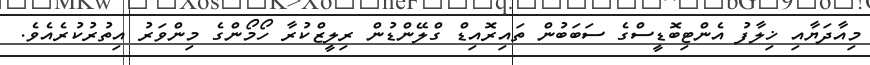
މިއާދަޔާއި ޚިލާފު އެންޓިބޮޑީސްގެ ސަބަބުން ތައިރޮއިޑް ގްލޭންޑުން ރިލީޒްކުރާ ހޯމޯންގެ މިންވަރު އިތުރުކުރެއެވެ.